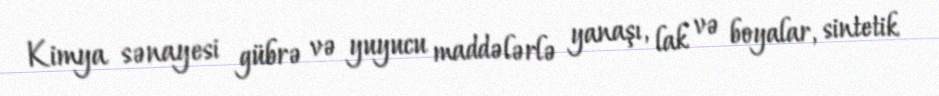
Kimya sənayesi gübrə və yuyucu maddələrlə yanaşı, lak və boyalar, sintetik